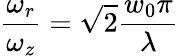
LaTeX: {\frac{\omega_{r}}{\omega_{z}}}={\sqrt{2}}{\frac{w_{0}\pi}{\lambda}}